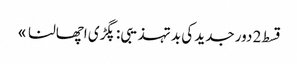
قسط 2	دور جدید کی بد تہذیبی: پگڑی اچھالنا »